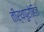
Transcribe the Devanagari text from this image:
तीर्थपुरोहित